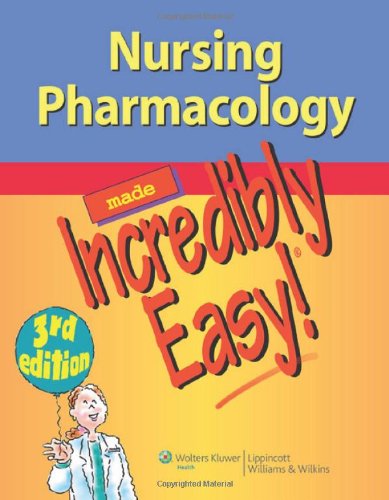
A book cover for Nursing Pharmacology Made Incredibly Easy (Incredibly Easy! SeriesÂ®); Lippincott Williams &  Wilkins; Medical Books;